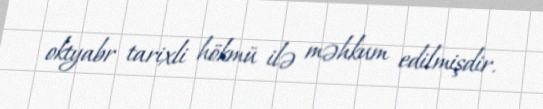
oktyabr tarixli hökmü ilə məhkum edilmişdir.